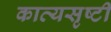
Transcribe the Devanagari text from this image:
काव्यसृष्टी